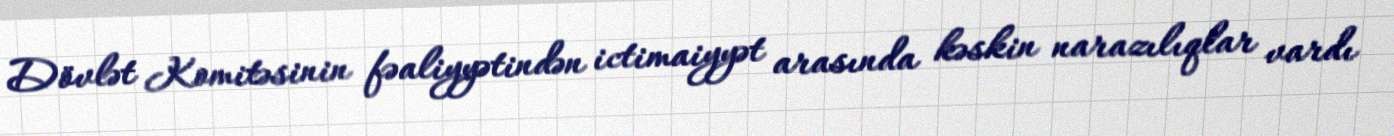
Dövlət Komitəsinin fəaliyyətindən ictimaiyyət arasında kəskin narazılıqlar vardı